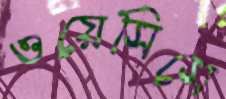
ওয়েসিসে